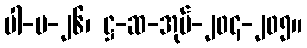
ပါ-ပ-၂၆၊ ဋ္ဌ-ဆ-အုပ်-၂၀၄-၂၀၅။